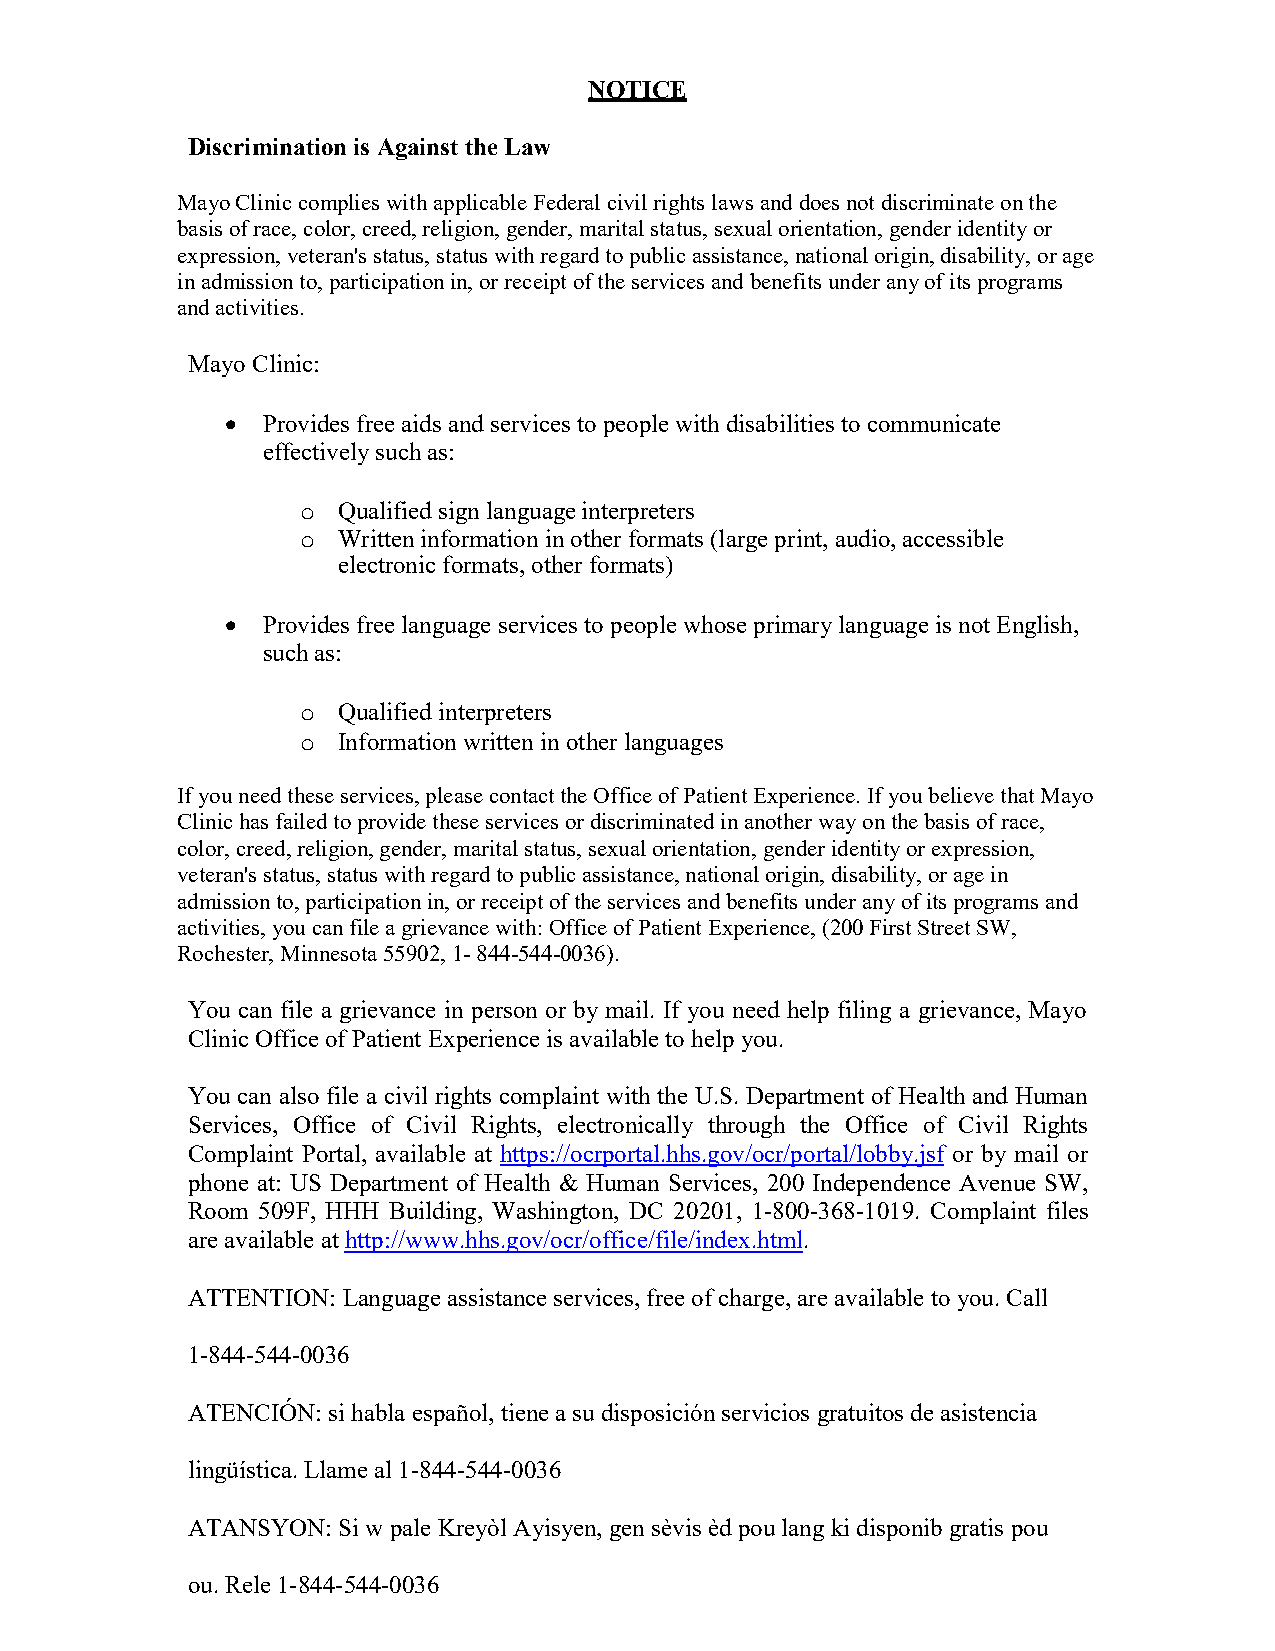
NOTICE
 Discrimination is Against the Law
 Mayo Clinic complies with applicable Federal civil rights laws and does not discriminate on the
 basis of race, color, creed, religion, gender, marital status, sexual orientation, gender identity or
 expression, veteran's status, status with regard to public assistance, national origin, disability, or age
 in admission to, participation in, or receipt of the services and benefits under any of its programs
 and activities.
 Mayo Clinic:
 • Provides free aids and services to people with disabilities to communicate
 effectively such as:
 Qualified sign language interpreters
 o
 Written information in other formats (large print, audio, accessible
 o
 electronic formats, other formats)
 • Provides free language services to people whose primary language is not English,
 such as:
 Qualified interpreters
 o
 Information written in other languages
 o
 If you need these services, please contact the Office of Patient Experience. If you believe that Mayo
 Clinic has failed to provide these services or discriminated in another way on the basis of race,
 color, creed, religion, gender, marital status, sexual orientation, gender identity or expression,
 veteran's status, status with regard to public assistance, national origin, disability, or age in
 admission to, participation in, or receipt of the services and benefits under any of its programs and
 activities, you can file a grievance with: Office of Patient Experience, (200 First Street SW,
 Rochester, Minnesota 55902, 1- 844-544-0036).
 You can file a grievance in person or by mail. If you need help filing a grievance, Mayo
 Clinic Office of Patient Experience is available to help you.
 You can also file a civil rights complaint with the U.S. Department of Health and Human
 Services, Office of Civil Rights, electronically through the Office of Civil Rights
 Complaint Portal, available at https://ocrportal.hhs.gov/ocr/portal/lobby.jsf or by mail or
 phone at: US Department of Health & Human Services, 200 Independence Avenue SW,
 Room 509F, HHH Building, Washington, DC 20201, 1-800-368-1019. Complaint files
 are available at http://www.hhs.gov/ocr/office/file/index.html.
 ATTENTION: Language assistance services, free of charge, are available to you. Call
 1-844-544-0036
 ATENCIÓN: si habla español, tiene a su disposición servicios gratuitos de asistencia
 lingüística. Llame al 1-844-544-0036
 ATANSYON: Si w pale Kreyòl Ayisyen, gen sèvis èd pou lang ki disponib gratis pou
 ou. Rele 1-844-544-0036